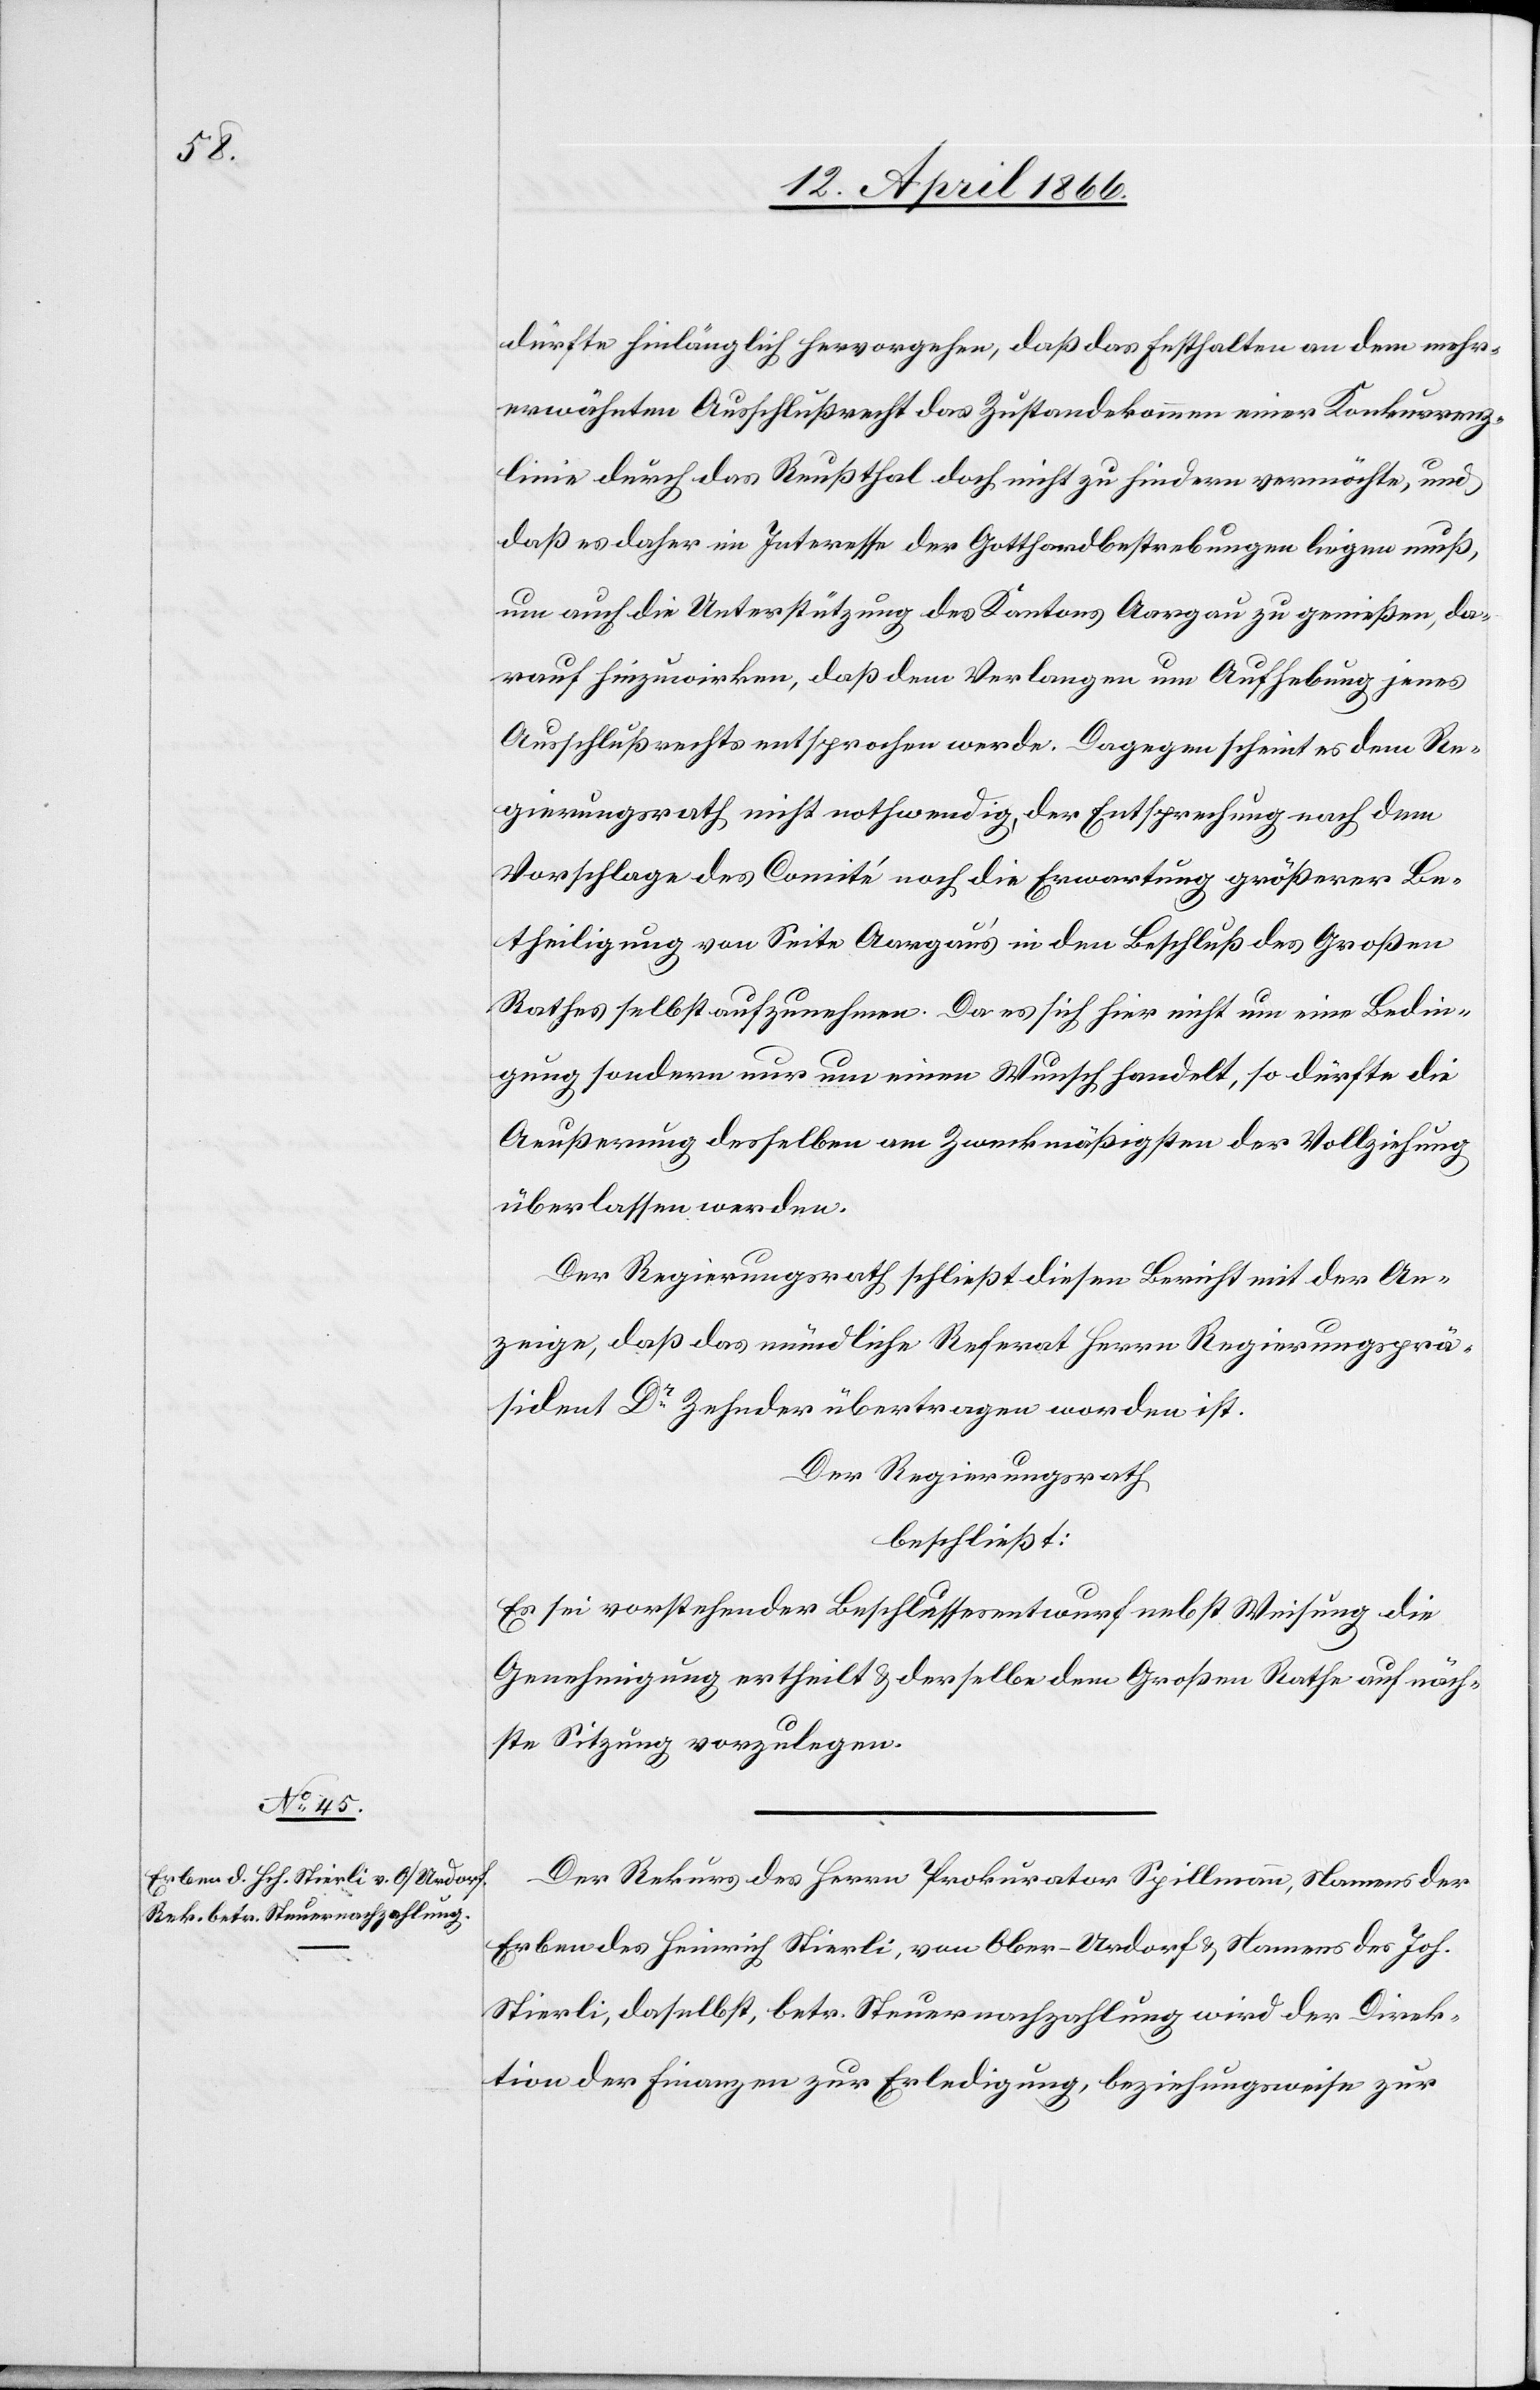
dürfte hinlänglich hervorgehen, daß das Festhalten an dem mehr¬
erwähnten Ausschlußrecht das Zustandekommen einer Konkurrenz¬
linie durch das Reußthal doch nicht zu hindern vermöchte, und
daß es daher im Interesse der Gotthardbestrebungen liegen muß,
um auch die Unterstützung des Kantons Aargau zu genießen, da¬
rauf hinzuwirken, daß dem Verlangen um Aufhebung jenes
Ausschlußrechtes entsprochen werde. Dagegen scheint es dem Re¬
gierungsrath nicht nothwendig, der Entsprechung nach dem
Vorschlage des Comités nach die Erwartung größerer Be¬
theilugung von Seite Aargau’s in den Beschluß des Großen
Rathes selbst aufzunehmen. Da es sich hier nicht um eine Bedin¬
gung sondern nur um einen Wunsch handelt, so dürfte die
Aeußerung desselben am Zweckmäßigsten der Vollziehung
überlassen werden.
Der Regierungsrath schließt diesen Bericht mit der An¬
zeige, daß das mündliche Referat Herrn Regierungsprä¬
sident Dr. Zehnder übertragen worden ist.
Der Regierungsrath
beschließt:
Es sei vorstehender Beschlussesentwurf nebst Weisung die
Genehmigung ertheilt u. derselbe dem Großen Rathe auf näch¬
ste Sitzung vorzulegen.
Der Rekurs des Herrn Prokuranten Spillmann, Namens der
Erben des Heinrich Stierli, von Ober-Urdorf u. Namens des Joh.
Stierli, daselbst, betr Steuernachzahlung wird der Direk¬
tion der Finanzen zur Erledigung, beziehungsweise zur